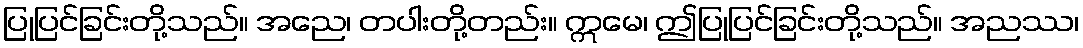
ပြုပြင်ခြင်းတို့သည်။ အညေ၊ တပါးတို့တည်း။ ဣမေ၊ ဤပြုပြင်ခြင်းတို့သည်။ အညဿ၊